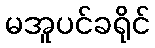
မအူပင်ခရိုင်